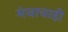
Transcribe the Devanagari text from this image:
मंचाचाही